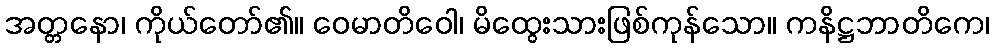
အတ္တနော၊ ကိုယ်တော်၏။ ဝေမာတိဝေါ၊ မိထွေးသားဖြစ်ကုန်သော။ ကနိဋ္ဌဘာတိကေ၊